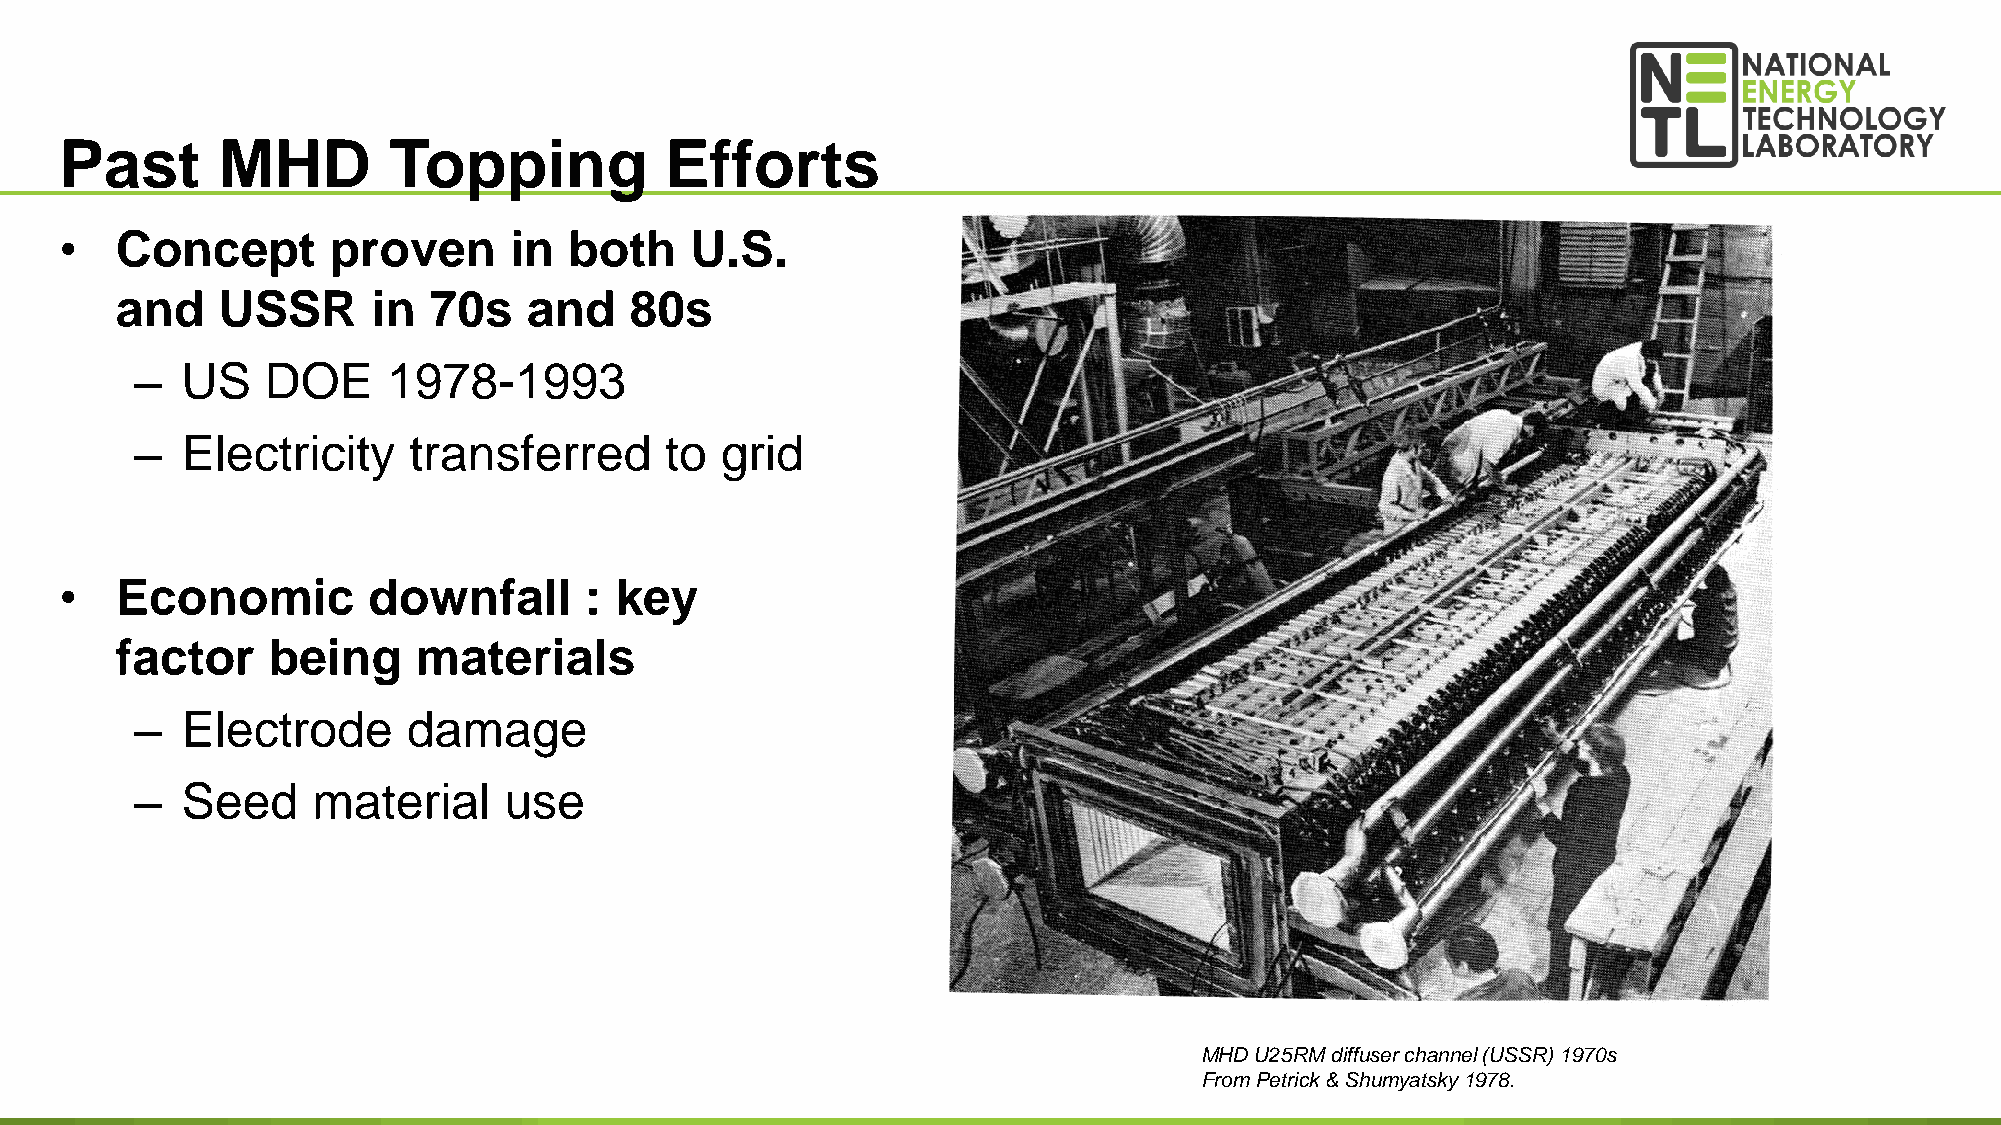
Past      MHD         Topping           Efforts
 •   Concept       proven      in  both    U.S.
 and   USSR       in 70s    and    80s
 –  US    DOE     1978-1993
 –  Electricity    transferred      to  grid
 •   Economic        downfall       : key
 factor    being     materials
 –  Electrode      damage
 –  Seed     material    use
 MHD U25RM diffuser channel (USSR) 1970s
 8
 From Petrick& Shumyatsky1978.